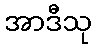
အာဒီသု